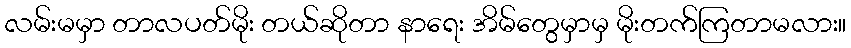
လမ်းမမှာ တာလပတ်မိုး တယ်ဆိုတာ နာရေး အိမ်တွေမှာမှ မိုးတက်ကြတာမလား။